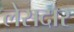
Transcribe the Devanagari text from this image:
लेसदार